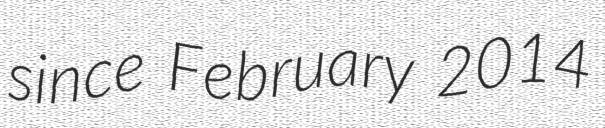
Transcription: since February 2014